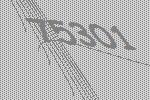
75301